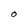
Character: 0